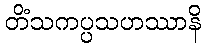
တိံသကပ္ပသဟဿာနိ